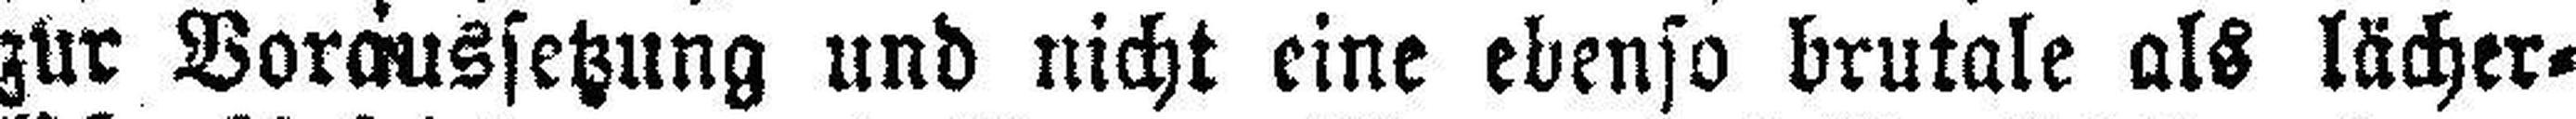
zur Voraussetzung und nicht eine ebenso brutale als lächer¬